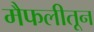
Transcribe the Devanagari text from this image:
मैफलीतून